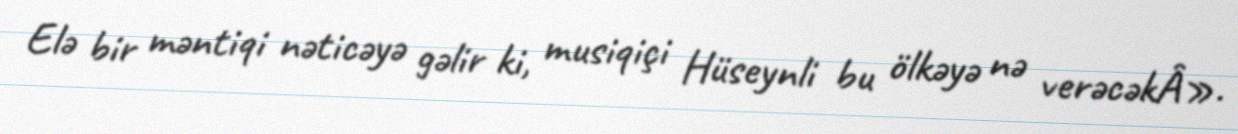
Elə bir məntiqi nəticəyə gəlir ki, musiqiçi Hüseynli bu ölkəyə nə verəcəkÂ».